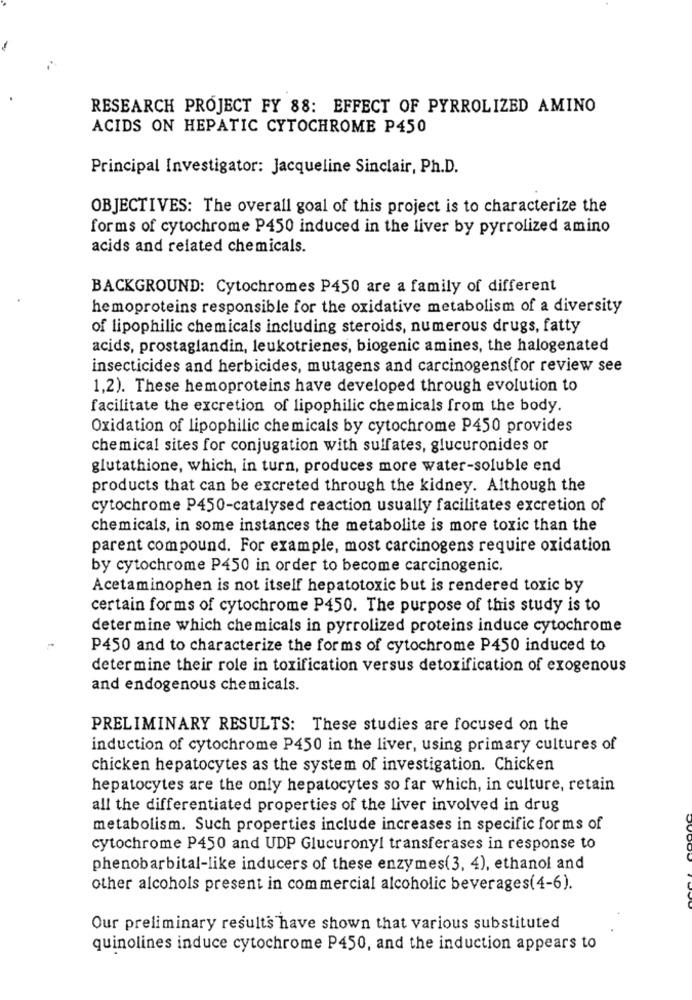
RESEARCH PROJECT FY 88: EFFECT OF PYRROLIZED AMINO
ACIDS ON HEPATIC CYTOCHROME P450
Principal Investigator: Jacqueline Sinclair, Ph.D.
OBJECTIVES: The overall goal of this project is to characterize the
forms of cytochrome P450 induced in the liver by pyrrolized amino
acids and related chemicals.
BACKGROUND: Cytochromes P450 are a family of different
hemoproteins responsible for the oxidative metabolism of a diversity
of lipophilic chemicals including steroids, numerous drugs, fatty
acids, prostaglandin, leukotrienes, biogenic amines, the halogenated
insecticides and herbicides, mutagens and carcinogens(for review see
1,2). These hemoproteins have developed through evolution to
facilitate the excretion of lipophilic chemicals from the body.
Oxidation of lipophilic chemicals by cytochrome P450 provides
chemical sites for conjugation with sulfates, glucuronides or
glutathione, which, in turn, produces more water-soluble end
products that can be excreted through the kidney. Although the
cytochrome P450-catalysed reaction usually facilitates excretion of
chemicals, in some instances the metabolite is more toxic than the
parent compound. For example, most carcinogens require oxidation
by cytochrome P450 in order to become carcinogenic.
Acetaminophen is not itself hepatotoxic but is rendered toxic by
certain forms of cytochrome P450. The purpose of this study is to
determine which chemicals in pyrrolized proteins induce cytochrome
P450 and to characterize the forms of cytochrome P450 induced to
determine their role in toxification versus detoxification of exogenous
and endogenous chemicals.
PRELIMINARY RESULTS: These studies are focused on the
induction of cytochrome P450 in the liver, using primary cultures of
chicken hepatocytes as the system of investigation. Chicken
hepatocytes are the only hepatocytes so far which, in culture, retain
all the differentiated properties of the liver involved in drug
metabolism. Such properties include increases in specific forms of
cytochrome P450 and UDP Glucuronyl transferases in response to
phenobarbital-like inducers of these enzymes(3, 4), ethanol and
other alcohols present in commercial alcoholic beverages(4-6).
Our preliminary results have shown that various substituted
quinolines induce cytochrome P450, and the induction appears to